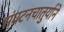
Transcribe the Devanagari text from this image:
संघटनचातुर्याने